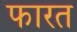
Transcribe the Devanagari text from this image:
फारत